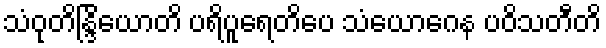
သံဝုတိန္ဒြိယောတိ ပရိပူရေတိပေ သံယောဂေန ပဝိသတီတိ